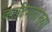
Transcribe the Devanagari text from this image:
कादिमताख्या